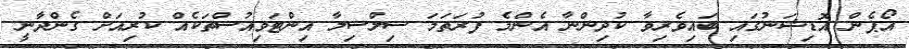
އޯޕެން އޮޑިޝަނުގައި ބައިވެރިވާ ކުދިންނާ އެންމެ ފުރަތަމަ ސިލްސިލާ އިންޓަވިއުސްތަކެއް ކުރިއަށް ގެންދާނީ